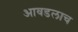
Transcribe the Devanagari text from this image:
आवडलाच